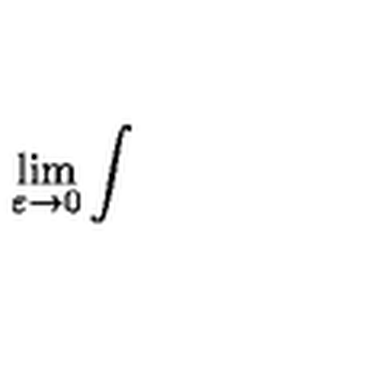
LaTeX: \lim _ { \varepsilon \to 0 } \int